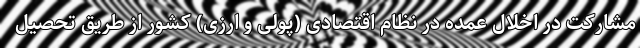
مشارکت در اخلال عمده در نظام اقتصادی (پولی و ارزی) کشور از طریق تحصیل